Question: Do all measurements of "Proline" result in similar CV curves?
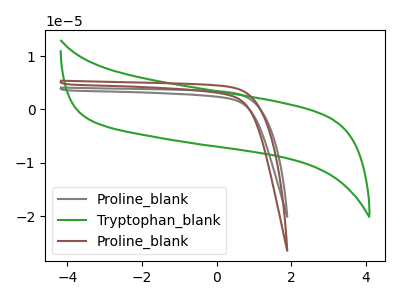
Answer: <think>The gray curve "Proline_blank" has no peaks. The green curve "Tryptophan_blank" has no peaks. The brown curve "Proline_blank" has no peaks.
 Neither "Proline_blank" or "Tryptophan_blank" have any peaks. Neither "Proline_blank" or "Proline_blank" have any peaks. Neither "Tryptophan_blank" or "Proline_blank" have any peaks.</think>
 <answer>All the CV's of "Proline" have similar shape.</answer>
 <eval>follow_rule</eval>